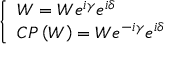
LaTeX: \quad \left\{ \begin{array} { l } { { W = W e ^ { i \gamma } e ^ { i \delta } } } \\ { { C P \left( W \right) = W e ^ { - i \gamma } e ^ { i \delta } } } \end{array} \right. \mathrm { ~ }